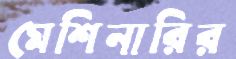
মেশিনারির